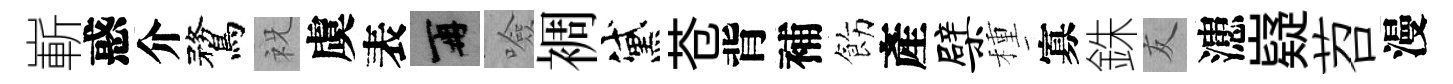
嶄惑介鶩祝虞表再噞裯黛苍背補飭產檗種寡銖友漶嶷苕漫